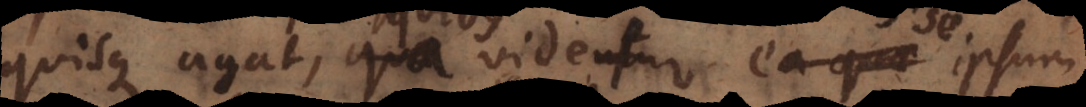
quisque agat, quibus videtur se ipsum,